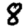
Digit: 8